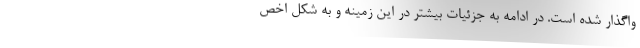
واگذار شده است. در ادامه به جزئیات بیشتر در این زمینه و به شکل اخص